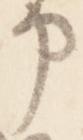
申